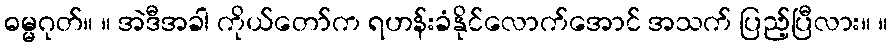
ဓမ္မဂုတ်။ ။ အဲဒီအခါ ကိုယ်တော်က ရဟန်းခံနိုင်လောက်အောင် အသက် ပြည့်ပြီလား။ ။